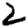
Digit: 2